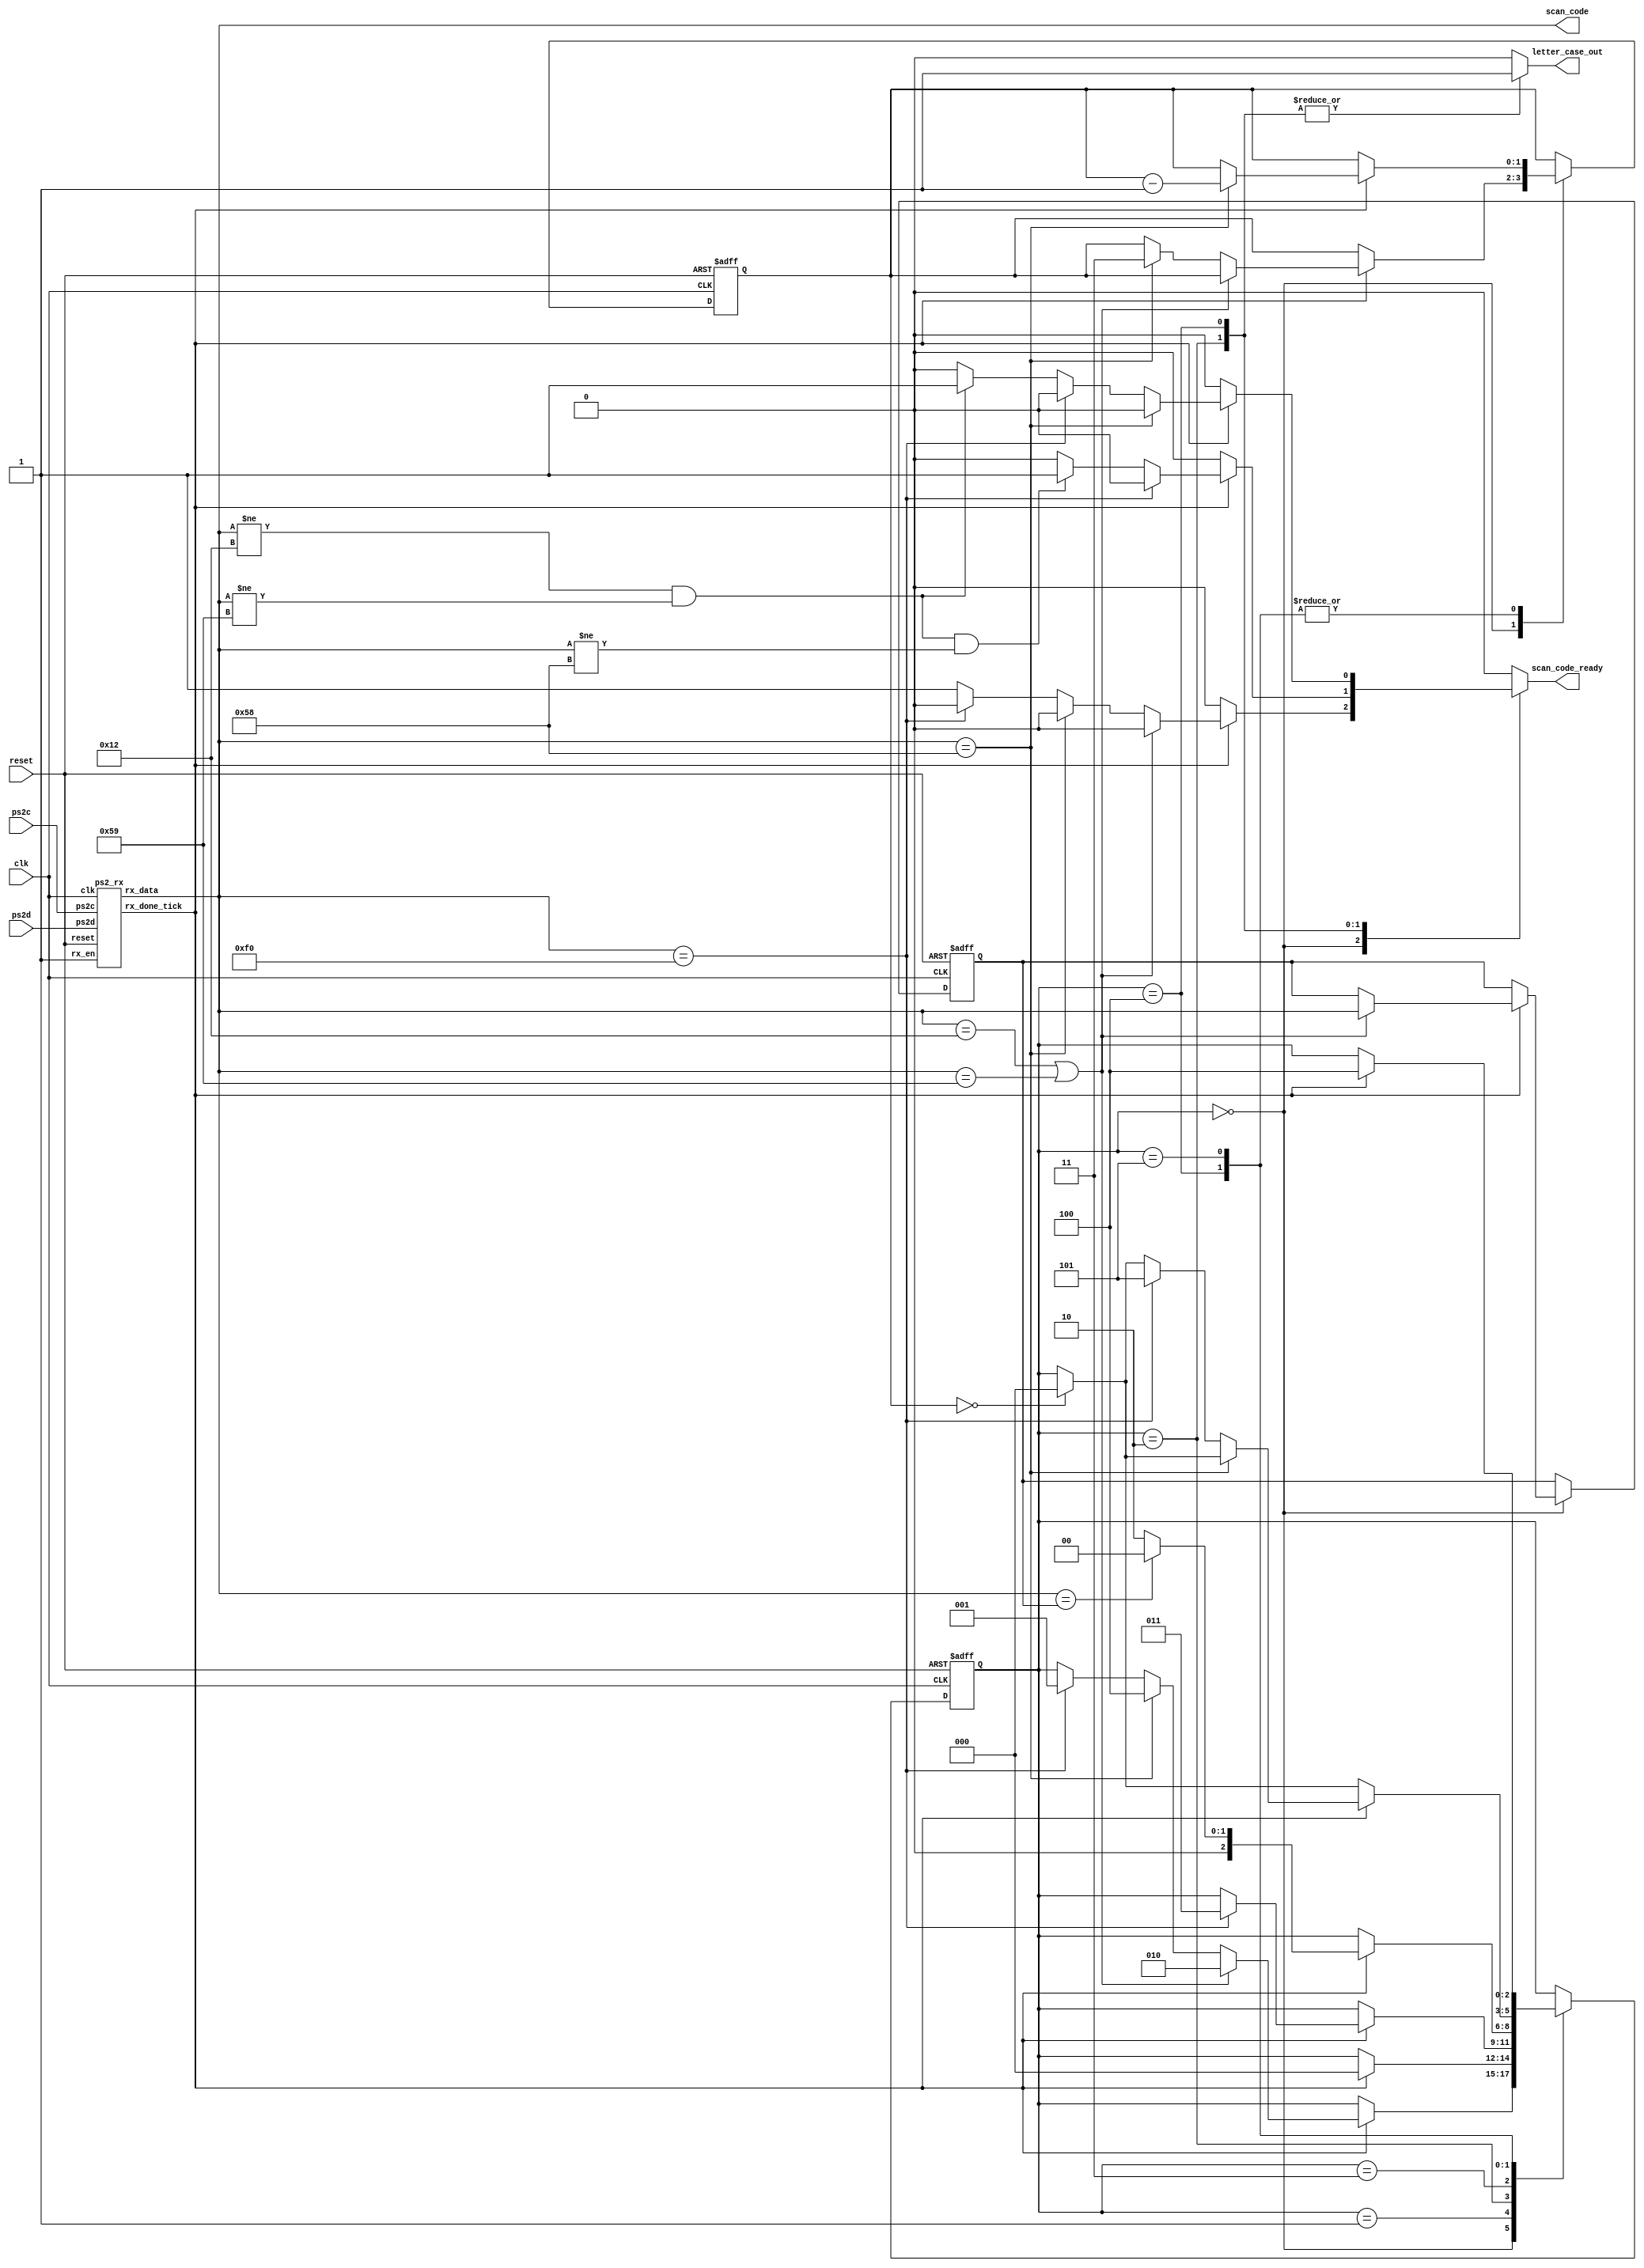
module keyboard

    (
        input wire clk, reset,
        input wire ps2d, ps2c,               // ps2 data and clock lines
        output wire [7:0] scan_code,         // scan_code received from keyboard to process
        output wire scan_code_ready,         // signal to outer control system to sample scan_code
        output wire letter_case_out          // output to determine if scan code is converted to lower or upper ascii code for a key
    );
    
    // constant declarations
    localparam  BREAK    = 8'hf0, // break code
                SHIFT1   = 8'h12, // first shift scan
                SHIFT2   = 8'h59, // second shift scan
                CAPS     = 8'h58; // caps lock

    // FSM symbolic states
    localparam [2:0]    lowercase          = 3'b000, // idle, process lower case letters
                        ignore_break       = 3'b001, // ignore repeated scan code after break code -F0- reeived
                        shift              = 3'b010, // process uppercase letters for shift key held
                        ignore_shift_break = 3'b011, // check scan code after F0, either idle or go back to uppercase
                        capslock           = 3'b100, // process uppercase letter after capslock button pressed
                        ignore_caps_break  = 3'b101; // check scan code after F0, either ignore repeat, or decrement caps_num
                     
               
    // internal signal declarations
    reg [2:0] state_reg, state_next;           // FSM state register and next state logic
    wire [7:0] scan_out;                       // scan code received from keyboard
    reg got_code_tick;                         // asserted to write current scan code received to FIFO
    wire scan_done_tick;                       // asserted to signal that ps2_rx has received a scan code
    reg letter_case;                           // 0 for lower case, 1 for uppercase, outputed to use when converting scan code to ascii
    reg [7:0] shift_type_reg, shift_type_next; // register to hold scan code for either of the shift keys or caps lock
    reg [1:0] caps_num_reg, caps_num_next;     // keeps track of number of capslock scan codes received in capslock state (3 before going back to lowecase state)
   
    // instantiate ps2 receiver
    ps2_rx ps2_rx_unit (.clk(clk), .reset(reset), .rx_en(1'b1), .ps2d(ps2d), .ps2c(ps2c), .rx_done_tick(scan_done_tick), .rx_data(scan_out));
    
    // FSM stat, shift_type, caps_num register 
    always @(posedge clk, posedge reset)
        if (reset)
            begin
            state_reg      <= lowercase;
            shift_type_reg <= 0;
            caps_num_reg   <= 0;
            end
        else
            begin    
            state_reg      <= state_next;
            shift_type_reg <= shift_type_next;
            caps_num_reg   <= caps_num_next;
            end
            
    //FSM next state logic
    always @*
    begin
       
        // defaults
        got_code_tick   = 1'b0;
        letter_case     = 1'b0;
        caps_num_next   = caps_num_reg;
        shift_type_next = shift_type_reg;
        state_next      = state_reg;
       
        case(state_reg)
            
            // state to process lowercase key strokes, go to uppercase state to process shift/capslock
            lowercase:
            begin  
                if(scan_done_tick)                                                                    // if scan code received
                begin
                    if(scan_out == SHIFT1 || scan_out == SHIFT2)                                      // if code is shift    
                    begin
                        shift_type_next = scan_out;                                                   // record which shift key was pressed
                        state_next = shift;                                                           // go to shift state
                    end
                        
                else if(scan_out == CAPS)                                                         // if code is capslock
                begin
                    caps_num_next = 2'b11;                                                        // set caps_num to 3, num of capslock scan codes to receive before going back to lowecase
                    state_next = capslock;                                                        // go to capslock state
                end

                else if (scan_out == BREAK)                                                       // else if code is break code
                    state_next = ignore_break;                                                    // go to ignore_break state 
                else                                                                              // else if code is none of the above...            
                    got_code_tick = 1'b1;                                                         // assert got_code_tick to write scan_out to FIFO
                end    
            end
                
            // state to ignore repeated scan code after break code FO received in lowercase state
            ignore_break:
            begin
                if(scan_done_tick)                                                                    // if scan code received, 
                    state_next = lowercase;                                                           // go back to lowercase state
            end
                
            // state to process scan codes after shift received in lowercase state
            shift:
            begin
                letter_case = 1'b1;                                                                   // routed out to convert scan code to upper value for a key
               
                if(scan_done_tick)                                                                    // if scan code received,
                begin
                    if(scan_out == BREAK)                                                             // if code is break code                                            
                        state_next = ignore_shift_break;                                              // go to ignore_shift_break state to ignore repeated scan code after F0
                    else if(scan_out != SHIFT1 && scan_out != SHIFT2 && scan_out != CAPS)             // else if code is not shift/capslock
                        got_code_tick = 1'b1;                                                         // assert got_code_tick to write scan_out to FIFO
                end
            end
                    
            // state to ignore repeated scan code after break code F0 received in shift state 
            ignore_shift_break:
            begin
                if(scan_done_tick)                                                                // if scan code received
                begin
                    if(scan_out == shift_type_reg)                                                // if scan code is shift key initially pressed
                        state_next = lowercase;                                                   // shift/capslock key unpressed, go back to lowercase state
                    else                                                                          // else repeated scan code received, go back to uppercase state
                        state_next = shift;
                end
            end  
                    
            // state to process scan codes after capslock code received in lowecase state
            capslock:
            begin
                letter_case = 1'b1;                                                               // routed out to convert scan code to upper value for a key
                        
                if(caps_num_reg == 0)                                                             // if capslock code received 3 times, 
                    state_next = lowercase;                                                   // go back to lowecase state
                            
                if(scan_done_tick)                                                                // if scan code received
                begin 
                    if(scan_out == CAPS)                                                          // if code is capslock, 
                        caps_num_next = caps_num_reg - 1;                                         // decrement caps_num
                    else if(scan_out == BREAK)                                                    // else if code is break, go to ignore_caps_break state
                        state_next = ignore_caps_break;            
                    else if(scan_out != SHIFT1 && scan_out != SHIFT2)                             // else if code isn't a shift key
                        got_code_tick = 1'b1;                                                     // assert got_code_tick to write scan_out to FIFO
                end
            end
                    
            // state to ignore repeated scan code after break code F0 received in capslock state 
            ignore_caps_break:
            begin
                if(scan_done_tick)                                                                // if scan code received
                begin
                    if(scan_out == CAPS)                                                          // if code is capslock
                        caps_num_next = caps_num_reg - 1;                                         // decrement caps_num
                    state_next = capslock;                                                        // return to capslock state
                end
            end
                        
        endcase
    end
        
    // output, route letter_case to output to use during scan to ascii code conversion
    assign letter_case_out = letter_case; 
    
    // output, route got_code_tick to out control circuit to signal when to sample scan_out 
    assign scan_code_ready = got_code_tick;

    
    // route scan code data out
    assign scan_code = scan_out;
    
endmodule

module ps2_rx
    (
        input wire clk, reset, 
        input wire ps2d, ps2c, rx_en,    // ps2 data and clock inputs, receive enable input
        output reg rx_done_tick,         // ps2 receive done tick
        output wire [7:0] rx_data        // data received 
    );
    
    // FSMD state declaration
    localparam 
        idle = 1'b0,
        rx   = 1'b1;
        
    // internal signal declaration
    reg state_reg, state_next;          // FSMD state register
    reg [7:0] filter_reg;               // shift register filter for ps2c
    wire [7:0] filter_next;             // next state value of ps2c filter register
    reg f_val_reg;                      // reg for ps2c filter value, either 1 or 0
    wire f_val_next;                    // next state for ps2c filter value
    reg [3:0] n_reg, n_next;            // register to keep track of bit number 
    reg [10:0] d_reg, d_next;           // register to shift in rx data
    wire neg_edge;                      // negative edge of ps2c clock filter value
    
    // register for ps2c filter register and filter value
    always @(posedge clk, posedge reset)
        if (reset)
        begin
            filter_reg <= 0;
            f_val_reg  <= 0;
        end
        else
        begin
            filter_reg <= filter_next;
            f_val_reg  <= f_val_next;
        end

    // next state value of ps2c filter: right shift in current ps2c value to register
    assign filter_next = {ps2c, filter_reg[7:1]};
    
    // filter value next state, 1 if all bits are 1, 0 if all bits are 0, else no change
    assign f_val_next = (filter_reg == 8'b11111111) ? 1'b1 :
                (filter_reg == 8'b00000000) ? 1'b0 :
                f_val_reg;
    
    // negative edge of filter value: if current value is 1, and next state value is 0
    assign neg_edge = f_val_reg & ~f_val_next;
    
    // FSMD state, bit number, and data registers
    always @(posedge clk, posedge reset)
        if (reset)
        begin
            state_reg <= idle;
            n_reg <= 0;
            d_reg <= 0;
        end
        else
        begin
            state_reg <= state_next;
            n_reg <= n_next;
            d_reg <= d_next;
        end
    
    // FSMD next state logic
    always @*
    begin
        
        // defaults
        state_next = state_reg;
        rx_done_tick = 1'b0;
        n_next = n_reg;
        d_next = d_reg;
        
        case (state_reg)
            
            idle:
                if (neg_edge & rx_en)                 // start bit received
                begin
                    n_next = 4'b1010;             // set bit count down to 10
                    state_next = rx;              // go to rx state
                end
                
            rx:                                           // shift in 8 data, 1 parity, and 1 stop bit
            begin
                if (neg_edge)                         // if ps2c negative edge...
                begin
                    d_next = {ps2d, d_reg[10:1]}; // sample ps2d, right shift into data register
                    n_next = n_reg - 1;           // decrement bit count
                end
            
                if (n_reg==0)                         // after 10 bits shifted in, go to done state
                begin
                     rx_done_tick = 1'b1;         // assert dat received done tick
                     state_next = idle;           // go back to idle
                end
            end
        endcase
    end
        
    assign rx_data = d_reg[8:1]; // output data bits 
endmodule